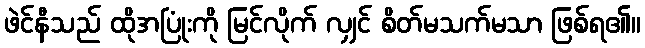
ဖဲင်နီသည် ထိုအပြုံးကို မြင်လိုက် လျှင် စိတ်မသက်မသာ ဖြစ်ရ၏။